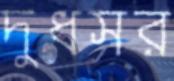
দুধসর